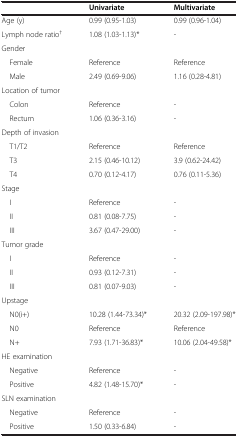
<table><thead><tr><td><b> </b></td><td><b>Univariate</b></td><td><b>Multivariate</b></td></tr></thead><tbody><tr><td>Age (y)</td><td>0.99 (0.95-1.03)</td><td>0.99 (0.96-1.04)</td></tr><tr><td>Lymph node ratio<sup>†</sup></td><td>1.08 (1.03-1.13)*</td><td>-</td></tr><tr><td>Gender</td><td> </td><td> </td></tr><tr><td> Female</td><td>Reference</td><td>Reference</td></tr><tr><td> Male</td><td>2.49 (0.69-9.06)</td><td>1.16 (0.28-4.81)</td></tr><tr><td>Location of tumor</td><td> </td><td> </td></tr><tr><td> Colon</td><td>Reference</td><td>-</td></tr><tr><td> Rectum</td><td>1.06 (0.36-3.16)</td><td>-</td></tr><tr><td>Depth of invasion</td><td> </td><td> </td></tr><tr><td> T1/T2</td><td>Reference</td><td>Reference</td></tr><tr><td> T3</td><td>2.15 (0.46-10.12)</td><td>3.9 (0.62-24.42)</td></tr><tr><td> T4</td><td>0.70 (0.12-4.17)</td><td>0.76 (0.11-5.36)</td></tr><tr><td>Stage</td><td> </td><td> </td></tr><tr><td> I</td><td>Reference</td><td>-</td></tr><tr><td> II</td><td>0.81 (0.08-7.75)</td><td>-</td></tr><tr><td> III</td><td>3.67 (0.47-29.00)</td><td>-</td></tr><tr><td>Tumor grade</td><td> </td><td> </td></tr><tr><td> I</td><td>Reference</td><td>-</td></tr><tr><td> II</td><td>0.93 (0.12-7.31)</td><td>-</td></tr><tr><td> III</td><td>0.81 (0.07-9.03)</td><td>-</td></tr><tr><td>Upstage</td><td> </td><td> </td></tr><tr><td> N0(i+)</td><td>10.28 (1.44-73.34)*</td><td>20.32 (2.09-197.98)*</td></tr><tr><td> N0</td><td>Reference</td><td>Reference</td></tr><tr><td> N+</td><td>7.93 (1.71-36.83)*</td><td>10.06 (2.04-49.58)*</td></tr><tr><td>HE examination</td><td> </td><td> </td></tr><tr><td> Negative</td><td>Reference</td><td>-</td></tr><tr><td> Positive</td><td>4.82 (1.48-15.70)*</td><td>-</td></tr><tr><td>SLN examination</td><td> </td><td> </td></tr><tr><td> Negative</td><td>Reference</td><td>-</td></tr><tr><td> Positive</td><td>1.50 (0.33-6.84)</td><td>-</td></tr></tbody></table>